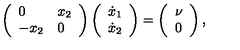
\left( \begin{array} { l l } { 0 } & { x _ { 2 } } \\ { - x _ { 2 } } & { 0 } \\ \end{array} \right) \left( \begin{array} { l } { \dot { x } _ { 1 } } \\ { \dot { x } _ { 2 } } \\ \end{array} \right) = \left( \begin{array} { l } { \nu } \\ { 0 } \\ \end{array} \right) ,